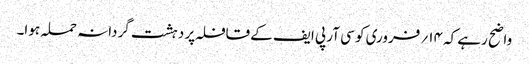
واضح رہے کہ ۱۴؍ فروری کو سی آر پی ایف کے قافلہ پر دہشت گردانہ حملہ ہوا۔